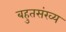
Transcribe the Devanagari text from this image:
बहुतसंख्य